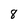
Character: 8